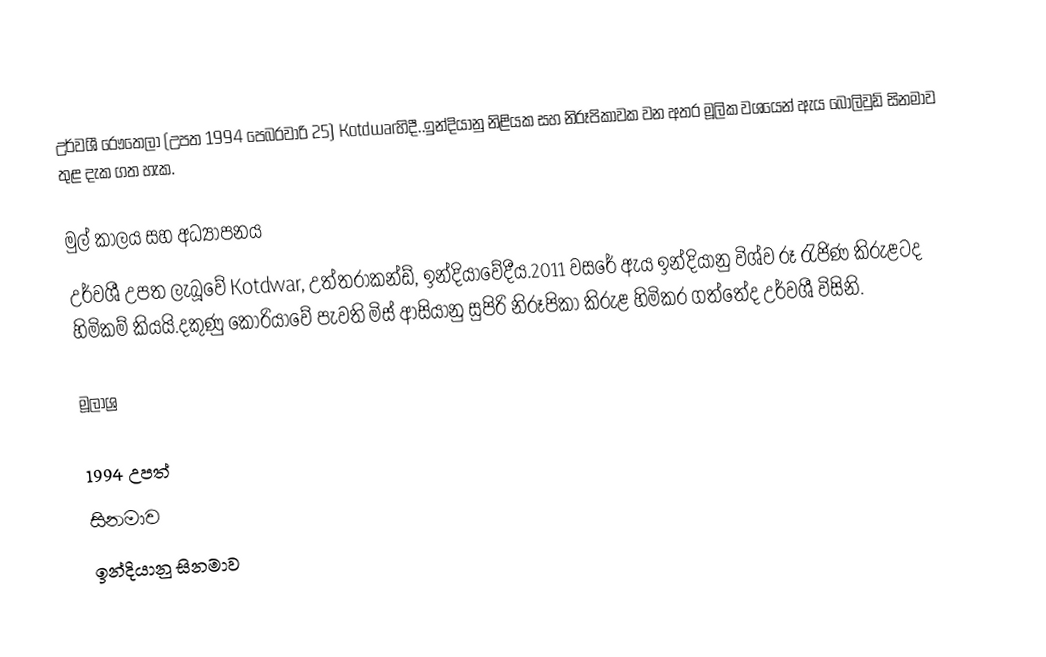
උර්වශී රෞතෙලා (උපත 1994 පෙබරවාරි 25) Kotdwarහිදී..ඉන්දියානු නිළියක සහ නිරූපිකාවක වන අතර මූලික වශයෙන් ඇය බොලිවුඩ් සිනමාව තුළ දැක ගත හැක.

මුල් කාලය සහ අධ්‍යාපනය
උර්වශී උපත ලැබූවේ Kotdwar, උත්තරාකන්ඩ්, ඉන්දියාවේදීය.2011 වසරේ ඇය ඉන්දියානු විශ්ව රූ රැජිණ කිරුළටද හිමිකම් කියයි.දකුණු කොරියාවේ පැවති මිස් ආසියානු සුපිරි නිරූපිකා කිරුළ හිමිකර ගත්තේද උර්වශී විසිනි.

මූලාශ්‍ර

1994 උපත්
සිනමාව
ඉන්දියානු සිනමාව